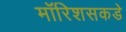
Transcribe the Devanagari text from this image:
मॉरिशसकडे